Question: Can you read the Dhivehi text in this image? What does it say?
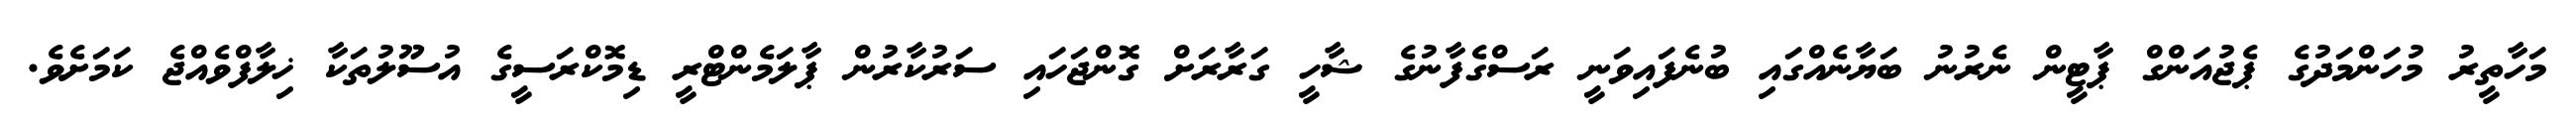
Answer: މަހާތީރު މުހަންމަދުގެ ޕެޖުއަންގް ޕާޓީން ނެރުނު ބަޔާނެއްގައި ބުނެފައިވަނީ ރަސްގެފާނުގެ ޝާހީ ގަރާރަށް ގޮންޖަހައި ސަރުކާރުން ޕާލަމެންޓްރީ ޑިމޮކްރަސީގެ އުސޫލުތަކާ ޚިލާފްވެއްޖެ ކަމަށެވެ.